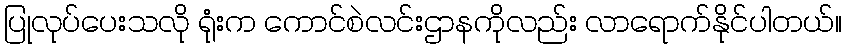
ပြုလုပ်ပေးသလို ရုံးက ကောင်စဲလင်းဌာနကိုလည်း လာရောက်နိုင်ပါတယ်။